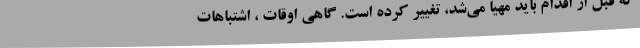
که قبل از اقدام باید مهیا می‌شد، تغییر کرده است. گاهی اوقات ، اشتباهات